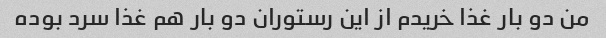
من دو بار غذا خریدم از این رستوران دو بار هم غذا سرد بوده